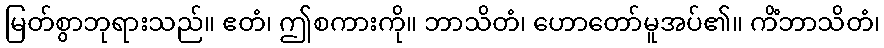
မြတ်စွာဘုရားသည်။ ဧတံ၊ ဤစကားကို။ ဘာသိတံ၊ ဟောတော်မူအပ်၏။ ကိံဘာသိတံ၊